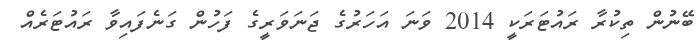
ބޭނުން ތިކުރާ ރައުޓަރަކީ 2014 ވަނަ އަހަރުގެ ޖަނަވަރީގެ ފަހުން ގަނެފައިވާ ރައުޓަރެއް